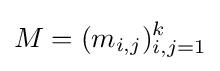
M=(m_{i,j})_{i,j=1}^{k}